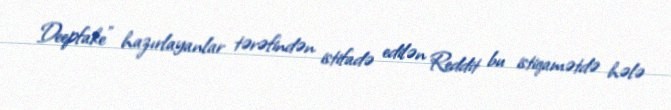
Deepfake" hazırlayanlar tərəfindən istifadə edilən Reddit bu istiqamətdə hələ